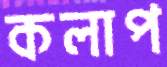
কলাপ